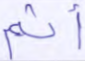
أثم